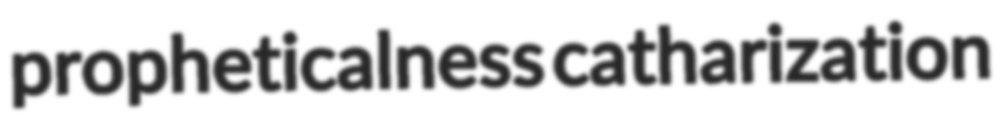
propheticalness catharization